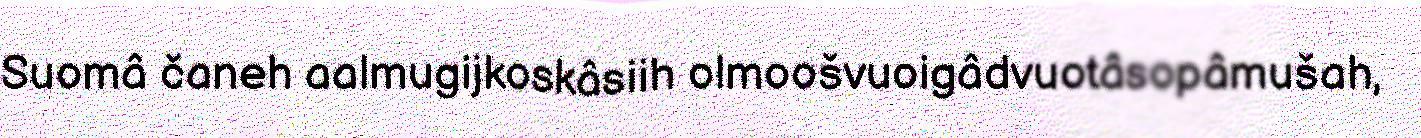
Suomâ čaneh aalmugijkoskâsiih olmoošvuoigâdvuotâsopâmušah,